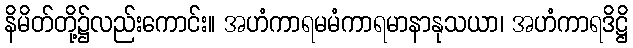
နိမိတ်တို့၌လည်းကောင်း။ အဟံကာရမမံကာရမာနာနုသယာ၊ အဟံကာရဒိဋ္ဌိ